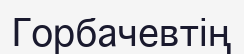
Горбачевтің